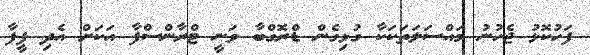
ފަހުކޮޅު ޖެހުނު މައްސަލަތަކަކާ ގުޅިގެން ޑްރޮގްބާ ވަނީ ޓްރާންސްފާ އަކަށް އެދި ފީފާ